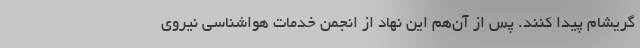
گریشام پیدا کنند. پس از آن‌هم این نهاد از انجمن خدمات هواشناسی نیروی